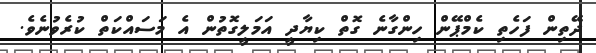
ދޭތިން ފަހެތި ކެމްޕޭން ހިންގާނެ ގޮތް ކިޔާދީ އަމަލީގޮތުން އެ މަސައްކަތް ކުރެވުނެވެ.